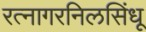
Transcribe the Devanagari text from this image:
रत्नागरनिलसिंधू